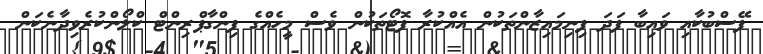
ފޭސްބުކާއި ވައިބާ ފަދަ ފިނިމައިޒާންތަކުން އެއްކުރާ ފޮޓޯތަކުން ވެސް މީހެއްގެ ފިންގާޕްރިންޓް ކްލޯންކުރެވިދާނެކަން